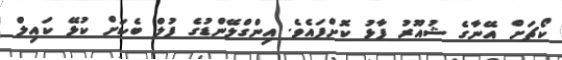
ކޯޗަށް އޭނާގެ ޝުއޫރު ފާޅު ކޮށްފައެވެ. އިންގްލޭންޑުގެ ފުލް ބެކަށް ކުޅޭ ކައިލް